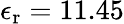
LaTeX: \epsilon_{\mathrm{r}}=11.45